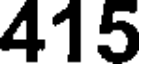
415